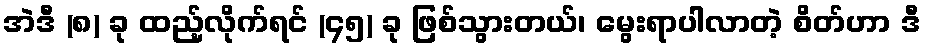
အဲဒီ (၈) ခု ထည့်လိုက်ရင် (၄၅) ခု ဖြစ်သွားတယ်၊ မွေးရာပါလာတဲ့ စိတ်ဟာ ဒီ